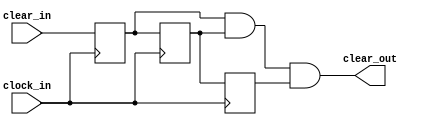
`timescale 1ns / 1ps

module debouncer(
    input clock_in,
    input clear_in,
    output clear_out
    );
    
    reg a, b, c;
    always @(posedge clock_in)
    begin
    	a <= clear_in;
    	b <= a;
    	c <= b;
    end
    
    assign clear_out = ( a && b && c );
endmodule